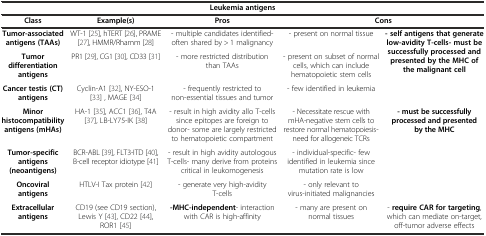
| <COLSPAN=5> Leukemia antigens |
 | Class | Example(s) | Pros | <COLSPAN=2> Cons |
 | --- | --- | --- | --- | --- |
 | Tumor-associated antigens (TAAs) | WT-1[25], hTERT[26], PRAME[27], HMMR/Rhamm[28] | - multiple candidates identified- often shared by > 1 malignancy | - present on normal tissue | <ROWSPAN=3> - self antigens that generate low-avidity T-cells- must be successfully processed and presented by the MHC of the malignant cell |
 | Tumor differentiation antigens | PR1[29], CG1[30], CD33[31] | - more restricted distribution than TAAs | - present on subset of normal cells, which can include hematopoietic stem cells |
 | Cancer testis (CT) antigens | Cyclin-A1[32], NY-ESO-1[33] , MAGE[34] | - frequently restricted to non-essential tissues and tumor | - few identified in leukemia |
 | Minor histocompatibility antigens (mHAs) | HA-1[35], ACC1[36], T4A[37], LB-LY75-IK[38] | - result in high avidity allo T-cells since epitopes are foreign to donor- some are largely restricted to hematopoietic compartment | - Necessitate rescue with mHA-negative stem cells to restore normal hematopoiesis- need for allogeneic TCRs | <ROWSPAN=3> - must be successfully processed and presented by the MHC |
 | Tumor-specific antigens (neoantigens) | BCR-ABL[39], FLT3-ITD[40], B-cell receptor idiotype[41] | - result in high avidity autologous T-cells- many derive from proteins critical in leukomogenesis | - individual-specific- few identified in leukemia since mutation rate is low |
 | Oncoviral antigens | HTLV-I Tax protein[42] | - generate very high-avidity T-cells | - only relevant to virus-initiated malignancies |
 | Extracellular antigens | CD19 (see CD19 section), Lewis Y[43], CD22[44], ROR1[45] | -MHC-independent- interaction with CAR is high-affinity | - many are present on normal tissues | - require CAR for targeting, which can mediate on-target, off-tumor adverse effects |